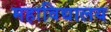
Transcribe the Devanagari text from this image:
महाविद्यालय